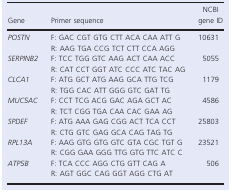
| Gene | Primer sequence | NCBI gene ID |
 | --- | --- | --- |
 | <ROWSPAN=2> POSTN | F: GAC CGT GTG CTT ACA CAA ATT G | <ROWSPAN=2> 10631 |
 | R: AAG TGA CCG TCT CTT CCA AGG |
 | <ROWSPAN=2> SERPINB2 | F: TCC TGG GTC AAG ACT CAA ACC | <ROWSPAN=2> 5055 |
 | R: CAT CCT GGT ATC CCC ATC TAC AG |
 | <ROWSPAN=2> CLCA1 | F: ATG GCT ATG AAG GCA TTG TCG | <ROWSPAN=2> 1179 |
 | R: TGG CAC ATT GGG GTC GAT TG |
 | <ROWSPAN=2> MUC5AC | F: CCT TCG ACG GAC AGA GCT AC | <ROWSPAN=2> 4586 |
 | R: TCT CGG TGA CAA CAC GAA AG |
 | <ROWSPAN=2> SPDEF | F: ATG AAA GAG CGG ACT TCA CCT | <ROWSPAN=2> 25803 |
 | R: CTG GTC GAG GCA CAG TAG TG |
 | <ROWSPAN=2> RPL13A | F: AAG GTG GTG GTC GTA CGC TGT G | <ROWSPAN=2> 23521 |
 | R: CGG GAA GGG TTG GTG TTC ATC C |
 | <ROWSPAN=2> ATP5B | F: TCA CCC AGG CTG GTT CAG A | <ROWSPAN=2> 506 |
 | R: AGT GGC CAG GGT AGG CTG AT |